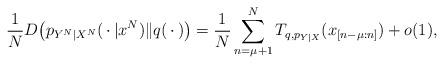
LaTeX: \begin{align*}\frac{1}{N}D\bigl(p_{Y^N|X^N}(\,\cdot\,|x^N)\|q(\,\cdot\,)\bigr)=\frac{1}{N}\sum_{n=\mu+1}^NT_{q,p_{Y|X}}(x_{[n-\mu:n]})+o(1), \end{align*}